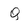
Character: Q